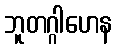
ဘူတဂ္ဂါဟေန